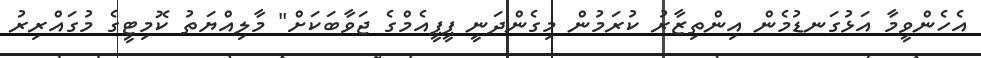
އެހެންވީމާ އަޅުގަނޑުމެން އިންތިޒާރު ކުރަމުން މިގެންދަނީ ޕީޕީއެމްގެ ޖަވާބަކަށް" މާލިއްޔަތު ކޮމިޓީގެ މުގައްރިރު